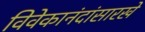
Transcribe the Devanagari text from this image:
विवेकानंदांसारखे